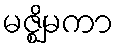
မဇ္ဈိမကာ